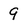
Character: 9